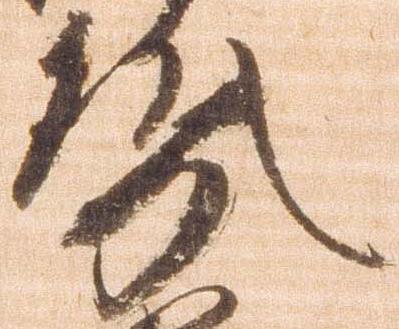
勢